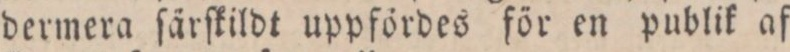
dermera ſärſkildt uppfördes för en publik af